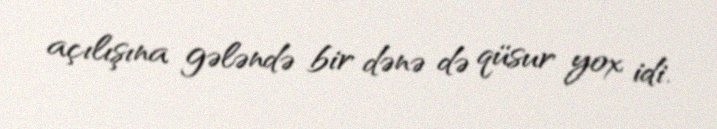
açılışına gələndə bir dənə də qüsur yox idi.